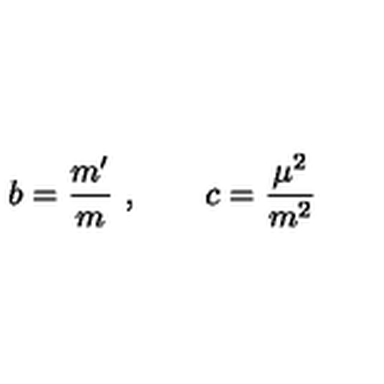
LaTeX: b = \frac { m ^ { \prime } } { m } \ , \quad \quad c = \frac { \mu ^ { 2 } } { m ^ { 2 } }